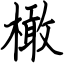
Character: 橄